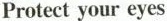
Protect your eyes